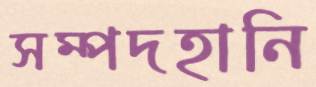
সম্পদহানি